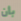
بأن